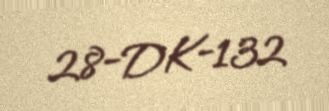
28-DK-132